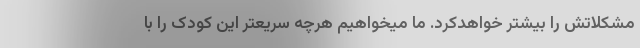
مشکلاتش را بیشتر خواهدکرد. ما میخواهیم هرچه سریعتر این کودک را با